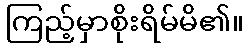
ကြည့်မှာစိုးရိမ်မိ၏။